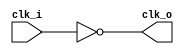
module pulp_clock_inverter (
	clk_i,
	clk_o
);
	input wire clk_i;
	output wire clk_o;
	assign clk_o = ~clk_i;
endmodule